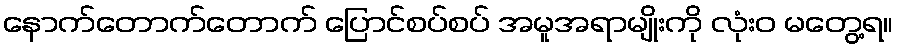
နောက်တောက်တောက် ပြောင်စပ်စပ် အမူအရာမျိုးကို လုံးဝ မတွေ့ရ။